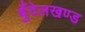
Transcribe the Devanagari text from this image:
बुँदेलखण्ड